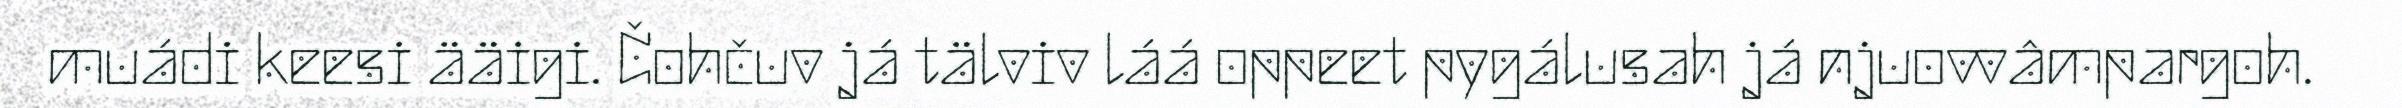
muádi keesi ääigi. Čohčuv já tälviv láá oppeet pygálusah já njuovvâmpargoh.